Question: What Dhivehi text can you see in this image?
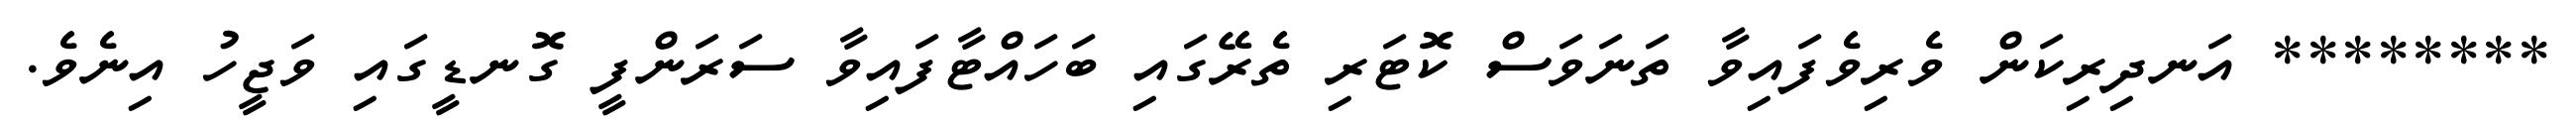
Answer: ******** އަނދިރިކަން ވެރިވެފައިވާ ތަނަވަސް ކޮޓަރި ތެރޭގައި ބަހައްޓާފައިވާ ސަރަންފީ ގޮނޑީގައި ވަޖީހު އިނެވެ.